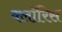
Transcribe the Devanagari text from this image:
क्लॉरिस